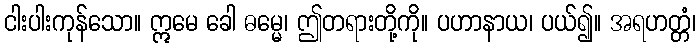
ငါးပါးကုန်သော။ ဣမေ ခေါ ဓမ္မေ၊ ဤတရားတို့ကို။ ပဟာနာယ၊ ပယ်၍။ အရဟတ္တံ၊